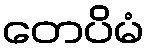
တေပိမံ